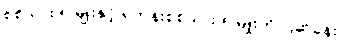
စစ်သား ၅-မျိုးနှင့် ရဟန်းစစ်သား ၅-မျိုးကို ပြဆိုခန်း။